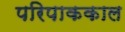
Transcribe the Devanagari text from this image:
परिपाककाल